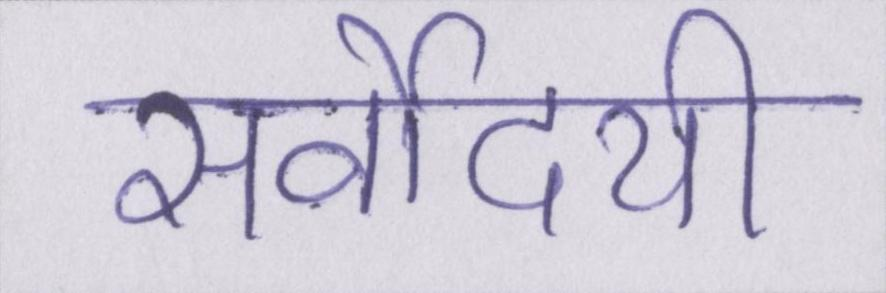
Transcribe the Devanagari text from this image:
सर्वोदयी